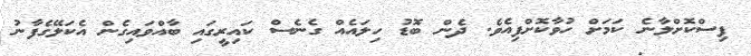
ފިސްކޮށްލާނެ ކަމަށް ހުވާކޮށްފިއެވެ. ދެން ބޮޑު ހިލައެއް ގެނެސް ކައިރީގައި ބާއްވައިގެން އެކަލޭގެފާނު